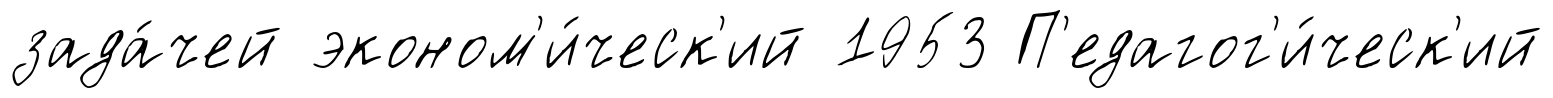
зада́чей эконом'и́ческ'ий 1953 П'едагог'и́ческ'ий